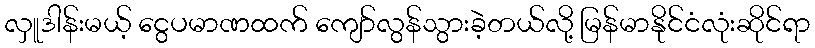
လှူဒါန်းမယ့် ငွေပမာဏထက် ကျော်လွန်သွားခဲ့တယ်လို့ မြန်မာနိုင်ငံလုံးဆိုင်ရာ